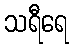
သရီရေ